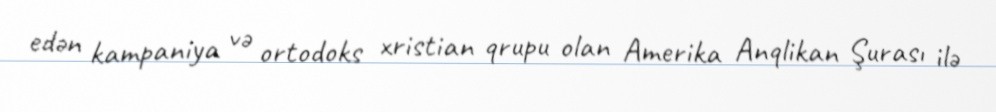
edən kampaniya və ortodoks xristian qrupu olan Amerika Anqlikan Şurası ilə